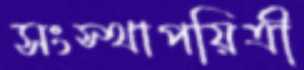
সংস্থাপয়িত্রী